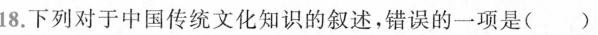
18.下列对于中国传统文化知识的叙述，错误的一项是( )